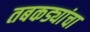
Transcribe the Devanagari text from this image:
तबकड्यांचा